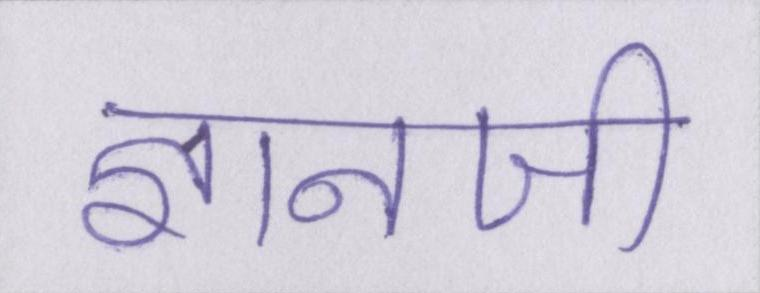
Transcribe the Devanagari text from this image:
ज्ञानजी